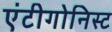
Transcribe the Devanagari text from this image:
एंटीगोनिस्ट